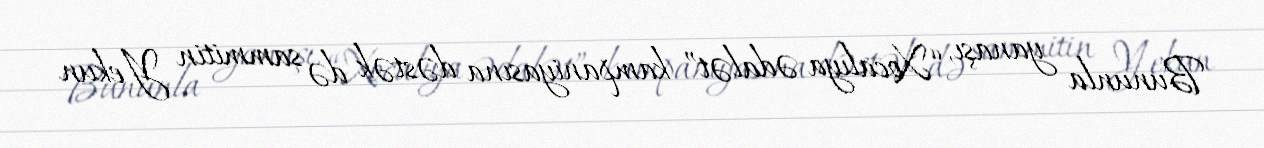
Bununla yanaşı, “Xocalıya ədalət” kampaniyasına dəstək də sammitin Yekun